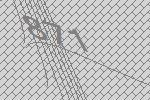
871